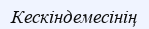
Кескіндемесінің